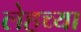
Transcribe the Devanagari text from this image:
लेहच्या